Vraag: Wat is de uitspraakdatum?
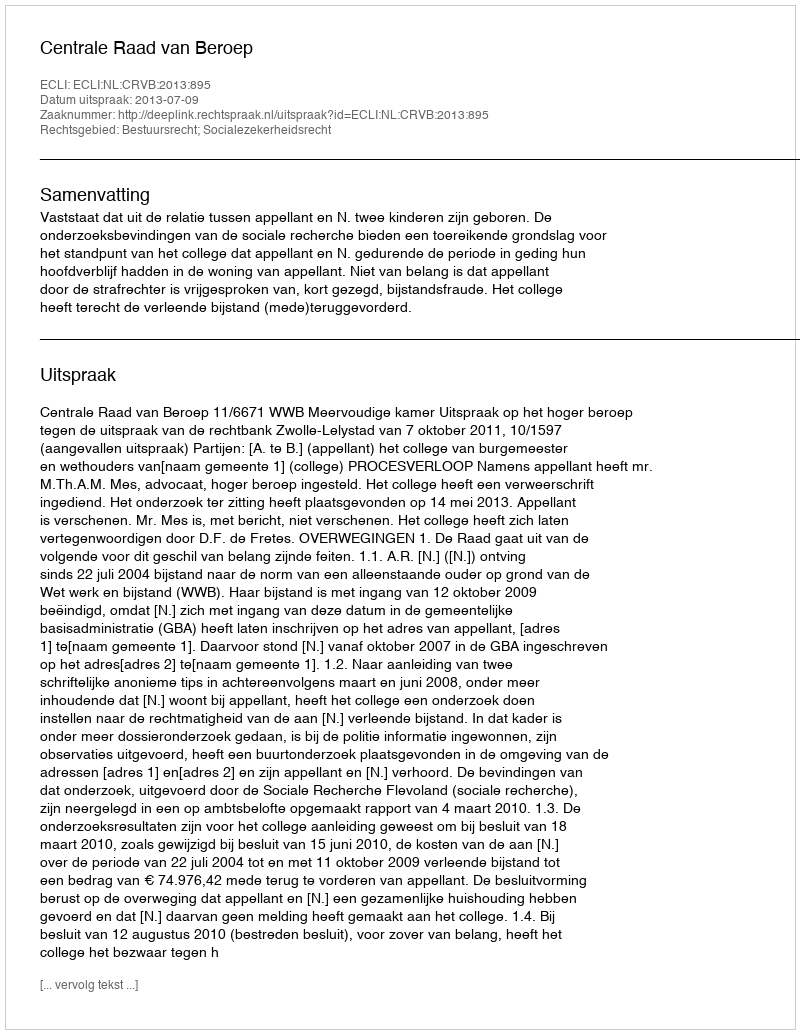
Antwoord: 2013-07-09